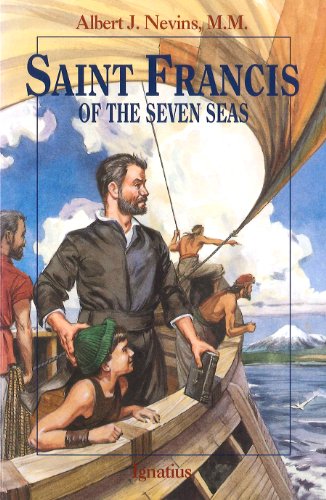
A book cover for Saint Francis of the Seven Seas (Vision Books); Albert F. Nevins; Children's Books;